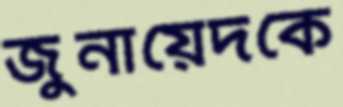
জুনায়েদকে